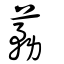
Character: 蓩